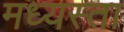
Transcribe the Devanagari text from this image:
मध्‍यस्ता